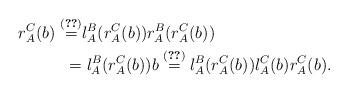
LaTeX: \begin{align*}r^C_A(b)\stackrel{(\ref{spl.com.1})} =& l^B_A(r^C_A(b)) r^B_A(r^C_A(b))\\=&\; l^B_A(r^C_A(b))b \stackrel{(\ref{spl.com})}=l^B_A(r^C_A(b)) l^C_A(b) r^C_A(b).\end{align*}